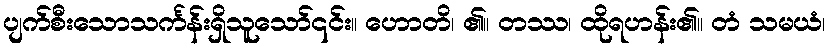
ပျက်စီးသောသင်္ကန်းရှိသူသော်၎င်း။ ဟောတိ၊ ၏။ တဿ၊ ထိုရဟန်း၏။ တံ သမယံ၊